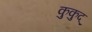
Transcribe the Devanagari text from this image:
कुकुद्